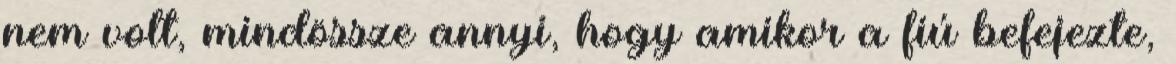
nem volt, mindössze annyi, hogy amikor a fiú befejezte,